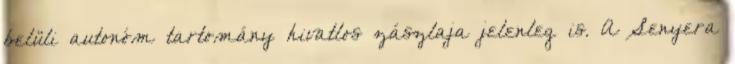
belüli autonóm tartomány hivatlos zászlaja jelenleg is. A Senyera